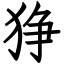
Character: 狰